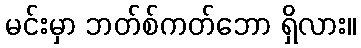
မင်းမှာ ဘတ်စ်ကတ်ဘော ရှိလား။